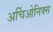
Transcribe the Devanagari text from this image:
अर्चिओनिक्स